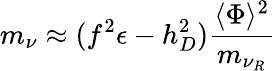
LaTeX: m_{\nu}\approx(f^{2}\epsilon-h_{D}^{2}){\frac{\langle\Phi\rangle^{2}}{m_{\nu_{R}}}}